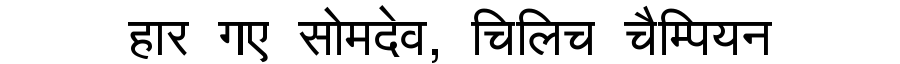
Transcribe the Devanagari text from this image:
हार गए सोमदेव, चिलिच चैम्पियन